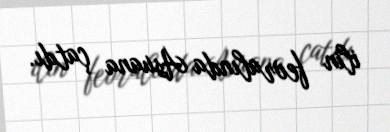
ilin fevralında Asuana çatdı.